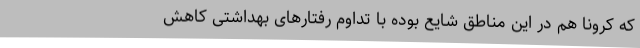
که کرونا هم در این مناطق شایع بوده با تداوم رفتارهای بهداشتی کاهش